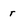
Character: r